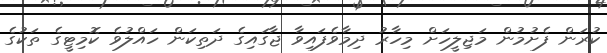
ކުރަން ފެށުމުން މަޖިލީހަށް މިހާރު ދިމާވެފައިވާ ޖާގައިގެ ދަތިކަން ހައްލުވެ ކޮމިޓީގެ ތަކުގެ